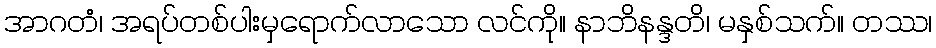
အာဂတံ၊ အရပ်တစ်ပါးမှရောက်လာသော လင်ကို။ နာဘိနန္ဒတိ၊ မနှစ်သက်။ တဿ၊